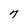
Character: 7